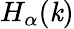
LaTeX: H_{\alpha}(\mathit{k})